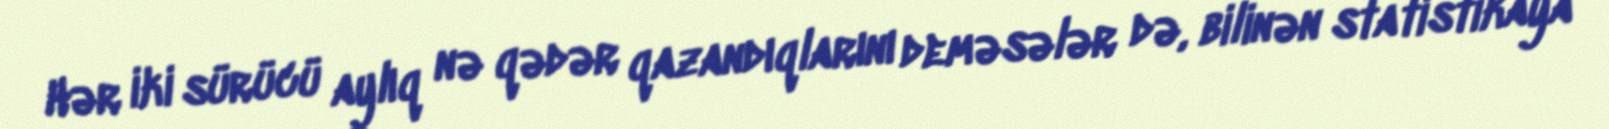
Hər iki sürücü aylıq nə qədər qazandıqlarını deməsələr də, bilinən statistikaya